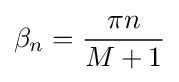
\,\!\beta _{n}={\frac {\pi n}{M+1}}